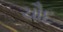
ચૌદ